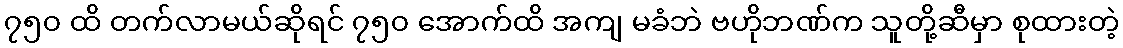
၇၅၀ ထိ တက်လာမယ်ဆိုရင် ၇၅၀ အောက်ထိ အကျ မခံဘဲ ဗဟိုဘဏ်က သူတို့ဆီမှာ စုထားတဲ့